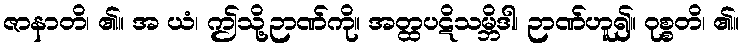
ဇာနာတိ၊ ၏။ အ ယံ၊ ဤသို့ဉာဏ်ကို။ အတ္ထပဋိသမ္ဘိဒါ၊ ဉာဏ်ဟူ၍။ ဝုစ္စတိ၊ ၏။